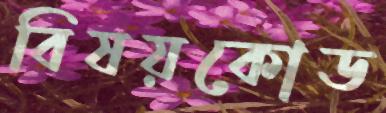
বিষয়কোড